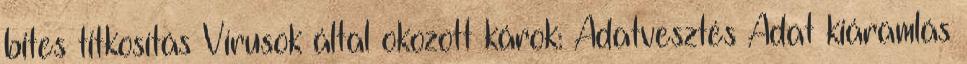
bites titkosítás Vírusok által okozott károk: Adatvesztés Adat kiáramlás